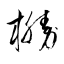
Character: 橳